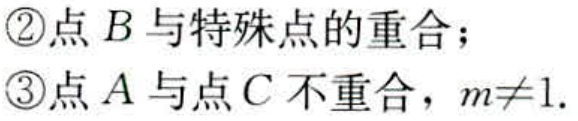
\textcircled{2}点\(B\)与特殊点的重合；
\textcircled{3}点\(A\)与点\(C\)不重合，\(m\neq1\).